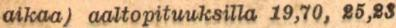
aikaa) aaltopituuksilla19,70, 25,23